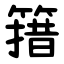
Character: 簎